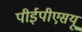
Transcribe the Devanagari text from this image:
पीईपीएसयू